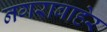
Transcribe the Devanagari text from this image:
नगराबाहेर